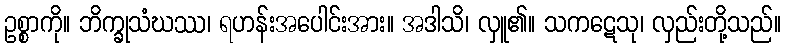
ဥစ္စာကို။ ဘိက္ခုသံဃဿ၊ ရဟန်းအပေါင်းအား။ အဒါသိ၊ လှူ၏။ သကဋေသု၊ လှည်းတို့သည်။